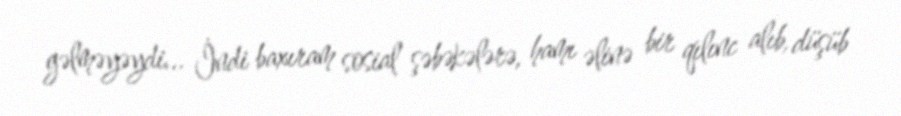
gəlməyəydi... İndi baxıram sosial şəbəkələrə, hamı əlinə bir qılınc alıb, düşüb